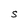
Character: S